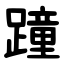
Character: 蹱